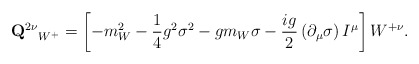
\begin{align*}{{\bf Q}^{2\nu}}_{W^{+}}=\left[ -m_{W}^{2}-\frac{1}{4}g^{2}\sigma^{2}-gm_{W}\sigma-\frac{ ig}{2}\left( \partial _{\mu}\sigma \right) I^{\mu }\right] W^{+ \nu}.\end{align*}